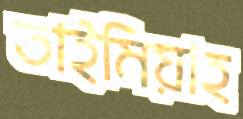
তাইমিয়াহ